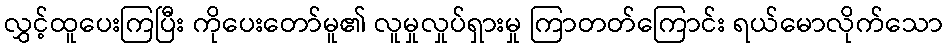
လွှင့်ထူပေးကြပြီး ကိုပေးတော်မူ၏ လူမှုလှုပ်ရှားမှု ကြာတတ်ကြောင်း ရယ်မောလိုက်သော